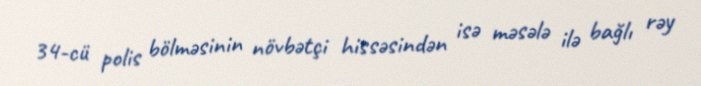
34-cü polis bölməsinin növbətçi hissəsindən isə məsələ ilə bağlı rəy